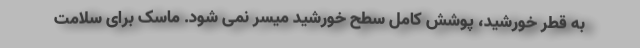
به قطر خورشید، پوشش کامل سطح خورشید میسر نمی شود. ماسک برای سلامت